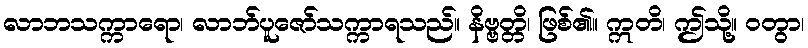
လာဘသက္ကာရော၊ လာဘ်ပူဇော်သက္ကာရသည်။ နိဗ္ဗတ္တိ၊ ဖြစ်၏။ ဣတိ၊ ဤသို့။ ဝတွာ၊